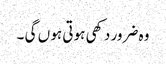
وہ ضرور دکھی ہوتی ہو ں گی ۔